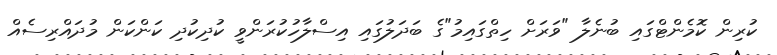
ކުރިން ކޮމެންޓްގައި ބުނެލާ "ވަރަށް ހިތްގައިމު"ގެ ބަދަލުގައި އިސްލާހުކުރަންވީ ކުދިކުދި ކަންކަން މުދައްރިސެއް